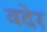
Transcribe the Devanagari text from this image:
वदेर